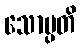
သောပ္ပတိ